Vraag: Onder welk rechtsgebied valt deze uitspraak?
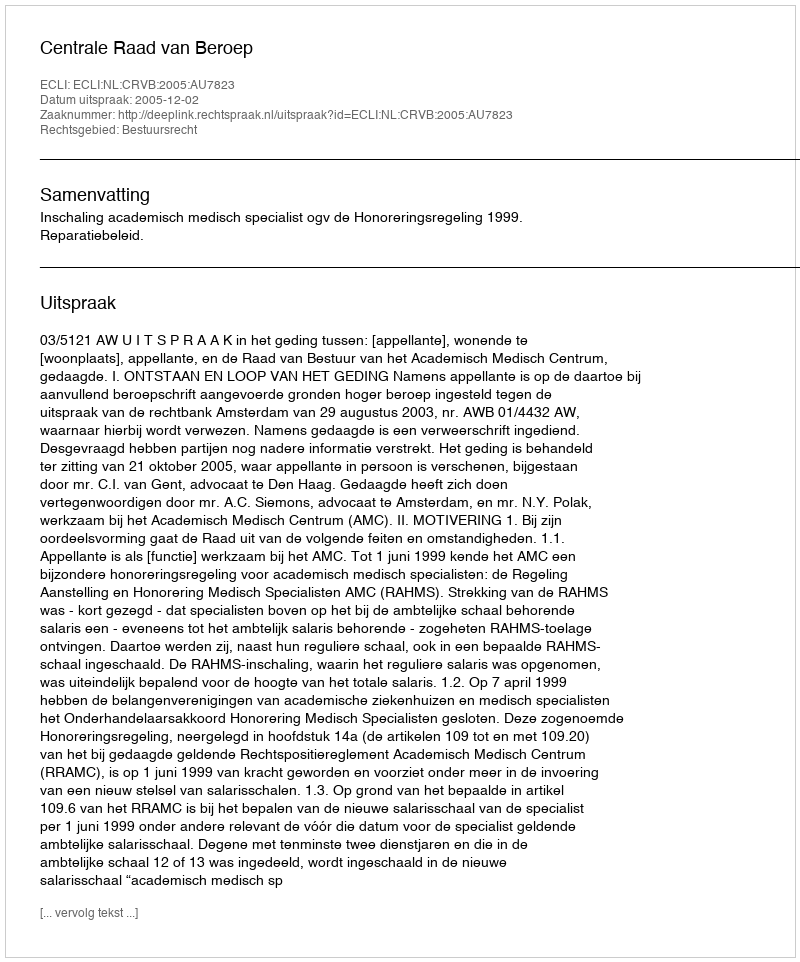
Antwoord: Bestuursrecht